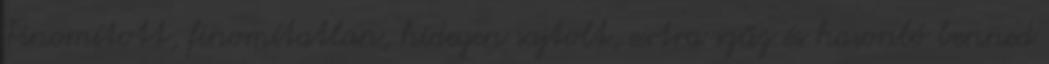
Finomított, finomítatlan, hidegen sajtolt, extra szűz és hasonló benned